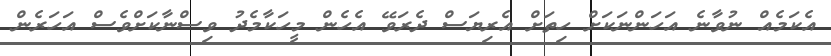
އެކަމެއް ނުވާނެ އަހަންނަކަށް ހިތަށް އެރިޔަސް ދެރަވޭ އެހެން މީހަކާމެދު ވިސްނާކަށްވެސް އަހަރެން